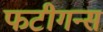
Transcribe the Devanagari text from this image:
फटीगन्स